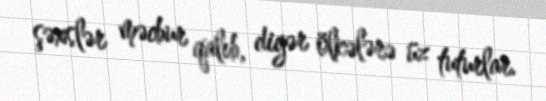
şəxslər məcbur qalıb, digər ölkələrə üz tuturlar.